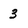
Character: 3